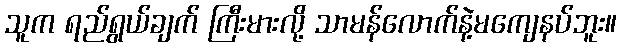
သူက ရည်ရွယ်ချက် ကြီးမားလို့ သာမန်လောက်နဲ့မကျေနပ်ဘူး။